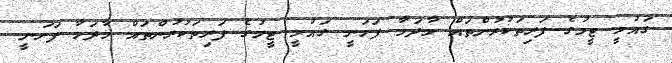
ގައުމީ ޓީމުގެ ފަރިތަކުރުންތައް މާދަމާ ފަށަނީ ގައުމީ ޓީމުގެ ފަރިތަކުރުންތައް މާދަމާ ފަށަނީ